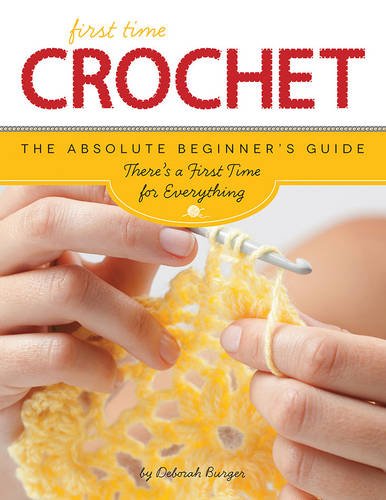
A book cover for First Time Crochet: The Absolute Beginner's Guide: There's a First Time For Everything; Deborah Burger; Crafts, Hobbies & Home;